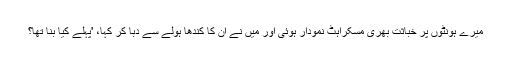
میرے ہونٹوں پر خباثت بھری مسکراہٹ نمودار ہوئی اور میں نے ان کا کندھا ہولے سے دبا کر کہا، 'پہلے کیا بنا تھا؟